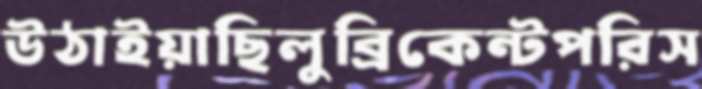
উঠাইয়াছিলুব্রিকেন্টপরিস